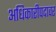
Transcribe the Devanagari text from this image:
अधिकारीपदावर